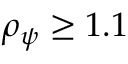
\rho _ { \psi } \geq 1 . 1